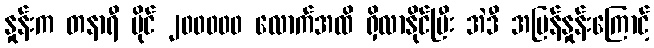
နှုန်းက တနာရီ မိုင် ၂၀၀၀၀၀ လောက်အထိ ရှိလာနိုင်ပြီး အဲဒီ အမြန်နှုန်းကြောင့်